Education and care of mentally and physically defective children, 1937
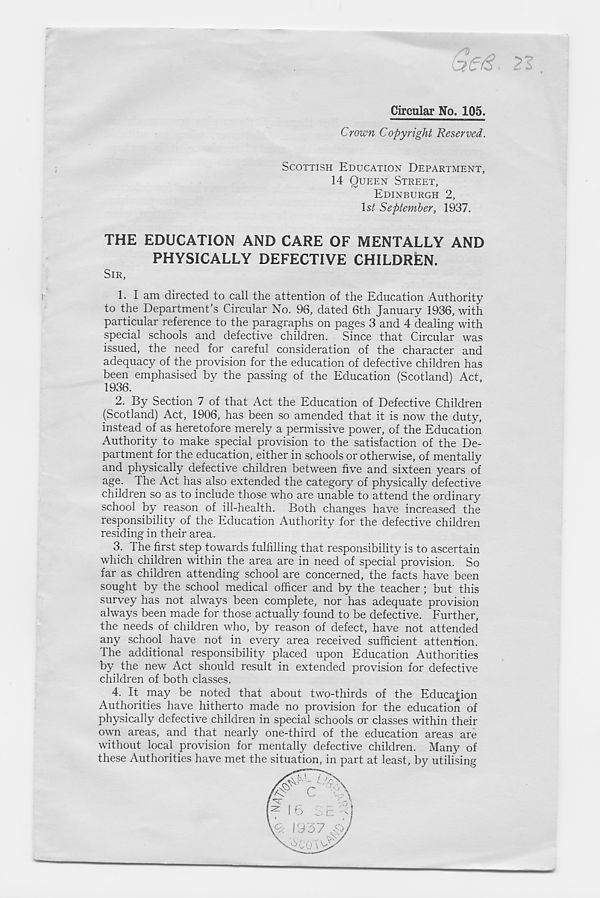
21
Circular No. 105.
Crown Copyright Reserved.
SCOTTISH EDUCATION DEPARTMENT,
14 QUEEN STREET,
EDINBURGH 2,
Is;! September, 1937.
THE EDUCATION AND CARE OF MENTALLY AND
PHYSICALLY DEFECTIVE CHILDREN.
SIR,
1. I am directed to call the attention of the Education Authority
to the Department’s Circular No. 96, dated 6th January 1936, with
particular reference to the paragraphs on pages 3 and 4 dealing with
special schools and defective children. Since that Circular was
issued, the need for careful consideration of the character and
adequacy of the provision for the education of defective children has
been emphasised by the passing of the Education (Scotland) Act,
1936.
2. By Section 7 of that Act the Education of Defective Children
(Scotland) Act, 1906, has been so amended that it is now the duty,
instead of as heretofore merely a permissive power, of the Education
Authority to make special provision to the satisfaction of the De-
partment for the education, either in schools or otherwise, of mentally
and physically defective children between five and sixteen years of
age. The Act has also extended the category of physically defective
children so as to include those who are unable to attend the ordinary
school by reason of ill-health. Both changes have increased the
responsibility of the Education Authority for the defective children
residing in their area.
3. The first step towards fulfilling that responsibility is to ascertain
which children within the area are in need of special provision. So
far as children attending school are concerned, the facts have been
sought by the school medical officer and by the teacher ; but this
survey has not always been complete, nor has adequate provision
always been made for those actually found to be defective. Further,
the needs of children who, by reason of defect, have not attended
any school have not in every area received sufficient attention.
The additional responsibility placed upon Education Authorities
by the new Act should result in extended provision for defective
children of both classes.
4. It may be noted that about two-thirds of the Education
Authorities have hitherto made no provision for the education of
physically defective children in special schools or classes within their
own areas, and that nearly one-third of the education areas are
without local provision for mentally defective children. Many of
these Authorities have met the situation, in part at least, by utilising